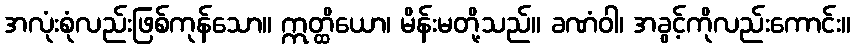
အလုံးစုံလည်းဖြစ်ကုန်သော။ ဣတ္ထိယော၊ မိန်းမတို့သည်။ ခဏံဝါ၊ အခွင့်ကိုလည်းကောင်း။